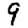
Digit: 9